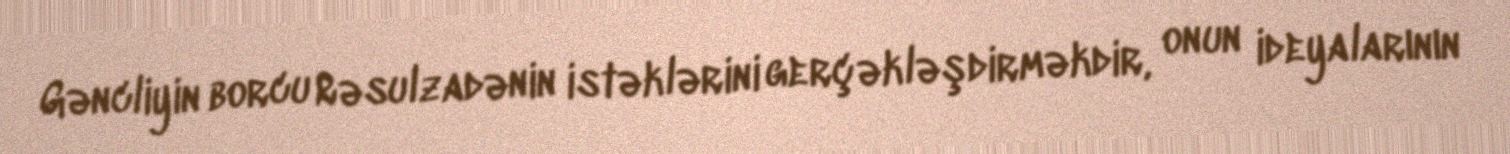
Gəncliyin borcu Rəsulzadənin istəklərini gerçəkləşdirməkdir, onun ideyalarının